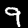
Digit: 9